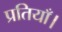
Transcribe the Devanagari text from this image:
प्रतियाँ।